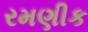
રમણીક